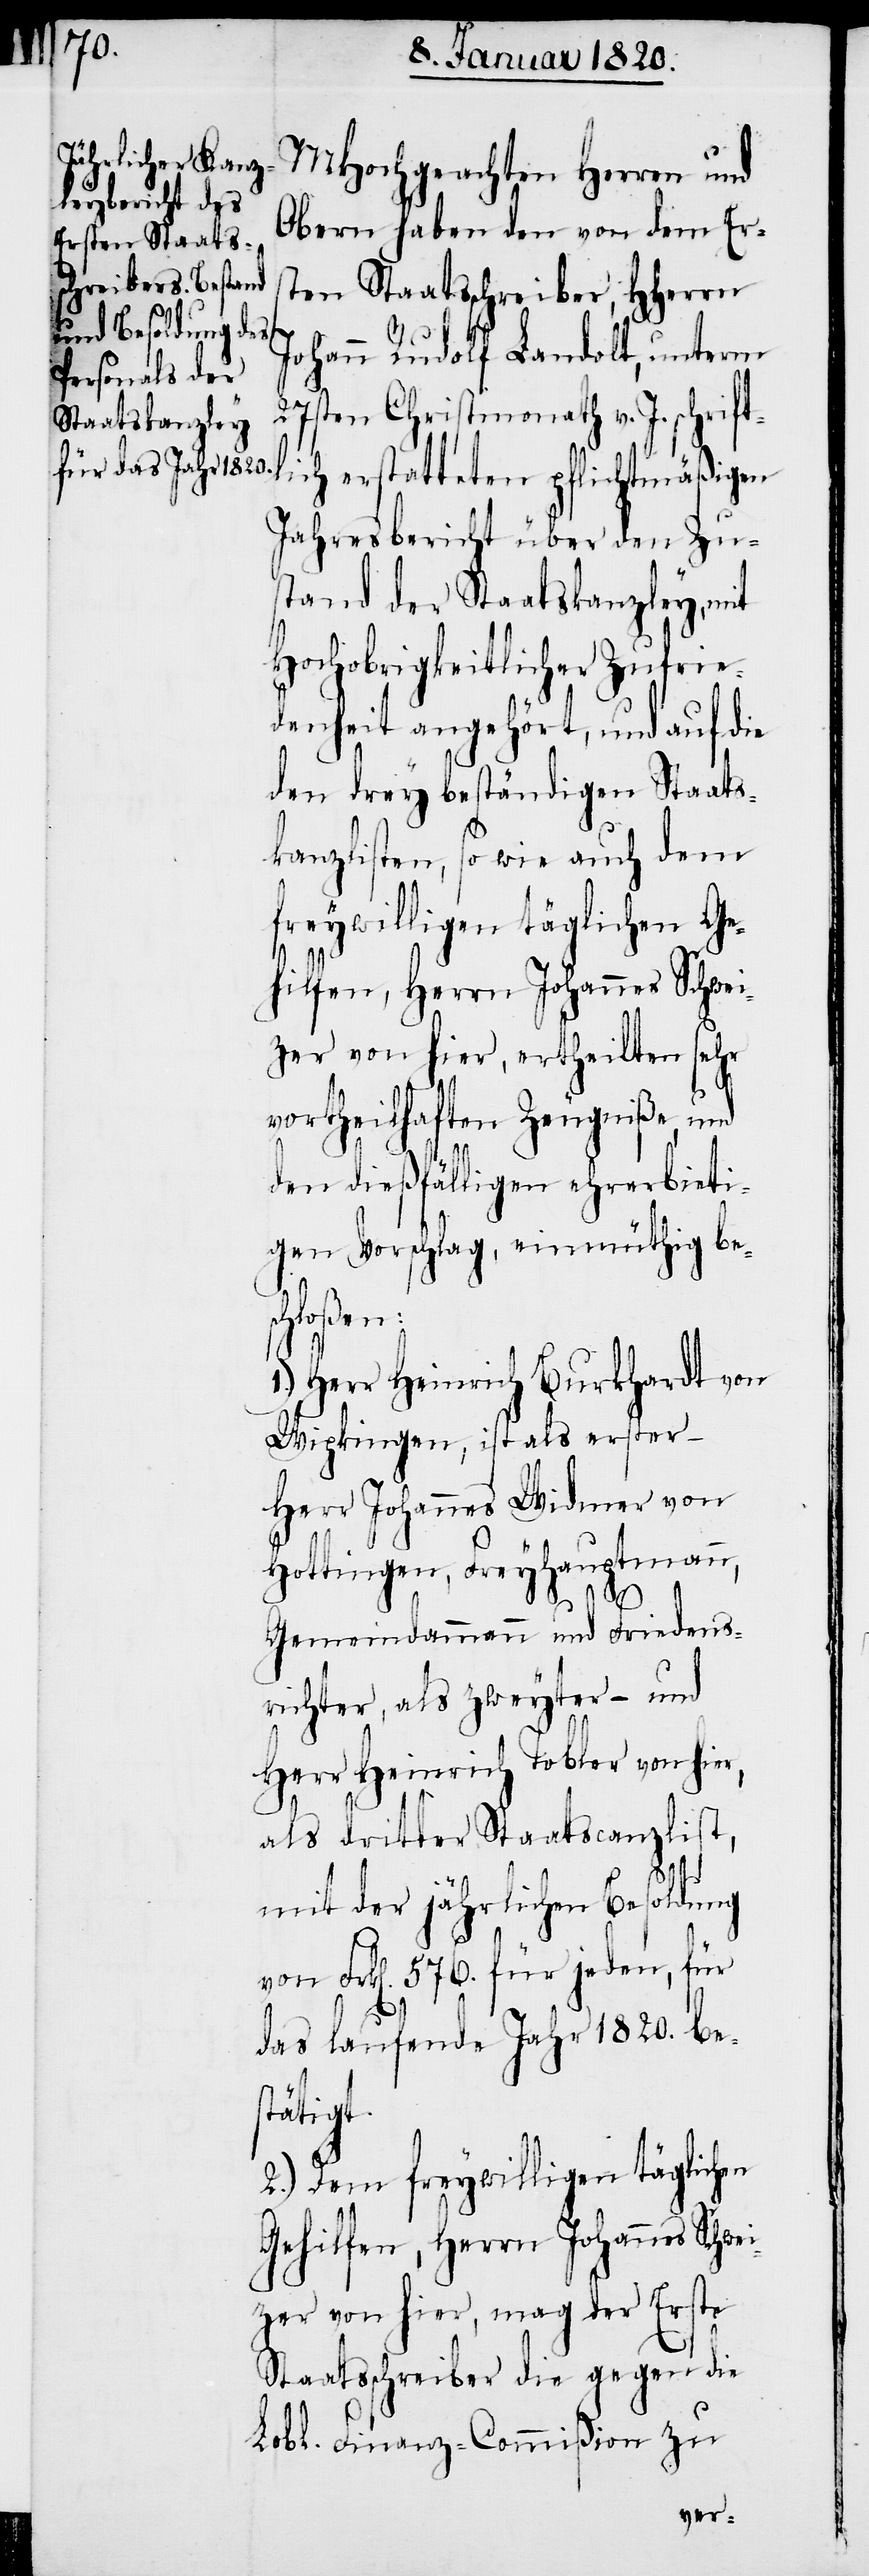
MHochgeachten Herren und
Obern haben den von dem Ers¬
ten Staatsschreiber, HHerrn
Johann Rudolf Landolt, unterm
27sten Christmonath v. J. schrift¬
lich erstatteten pflichtmäßigen
Jahresbericht über den Zu¬
stand der Staatskanzley, mit
Hochobrigkeitlicher Zufrie¬
denheit angehört, und auf die
den drey beständigen Staats¬
kanzlisten, so wie auch dem
freywilligen täglichen Ge¬
hilfen, Herrn Johannes Schwei¬
zer von hier, ertheilten sehr
vortheilhaften Zeugniße, und
den dießfälligen ehrerbieti¬
gen Vorschlag, einmüthig bes¬
chloßen:
Herr Heinrich Burkhardt von
Wipkingen, ist als erster
Herr Johannes Widmer von
Hottingen, Freyhauptmann,
Gemeindammann und Friedens¬
richter, als zweyter – und
Herr Heinrich Tobler von hier,
als dritter Staatscanzlist,
mit der jährlichen Besoldung
von Frk[en]. 576. für jeden, für
das laufende Jahr 1820. bes¬
tätigt.
2.) Dem freywilligen täglichen
Gehilfen, Herrn Johannes Schw¬
eizer von hier, mag der Erste
Staatsschreiber die gegen die
Lobl. Finanz-Commißion zu